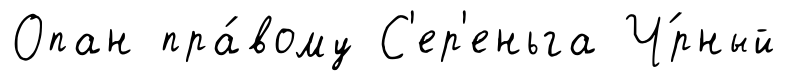
Опан пра́вому С'ер'еньга Ч́рный